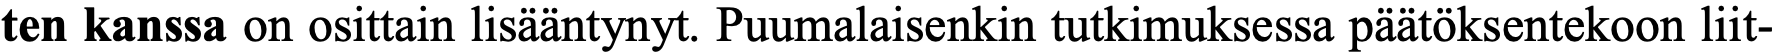
ten kanssa on osittain lisääntynyt. Puumalaisenkin tutkimuksessa päätöksentekoon liit-